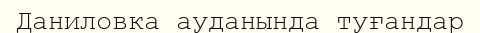
Даниловка ауданында туғандар